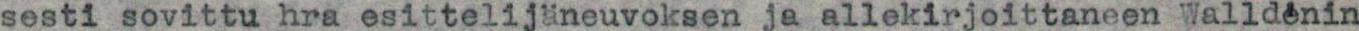
sesti sovittu hra esittelijäneuvoksen ja allekirjoittaneen Walldénin